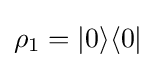
\rho _{1}=|0\rangle \langle 0|